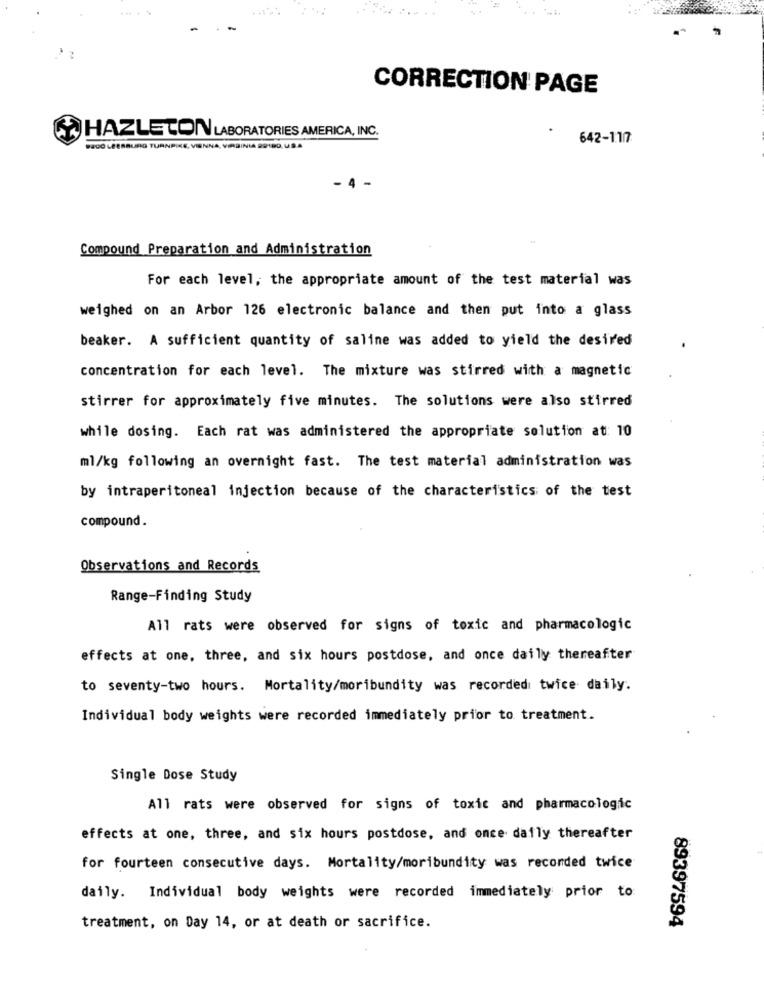
...
CORRECTION PAGE
HAZLETON LABORATORIES AMERICA, INC.
642-1177
PECO LEESBURG TURNPIKE, VIENNA, VIRGINIA 22100. U.S.A
- 4 -
Compound Preparation and Administration
For each level, the appropriate amount of the test material was
weighed on an Arbor 126 electronic balance and then put into a glass
beaker. A sufficient quantity of saline was added to yield the desired
concentration for each level. The mixture was stirred with a magnetic
stirrer for approximately five minutes. The solutions were also stirred
while dosing. Each rat was administered the appropriate solution at: 10
ml/kg following an overnight fast. The test material administration was
by intraperitoneal injection because of the characteristics of the test
compound.
Observations and Records
Range-Finding Study
All rats were observed for signs of toxic and pharmacologic
effects at one, three, and six hours postdose, and once daily thereafter
to seventy-two hours. Mortality/moribundity was recorded twice daily.
Individual body weights were recorded immediately prior to treatment.
Single Dose Study
All rats were observed for signs of toxic and pharmacologic
effects at one, three, and six hours postdose, and once daily thereafter
for fourteen consecutive days. Mortality/moribundity was recorded twice
daily. Individual body weights were recorded immediately prior to:
treatment, on Day 14, or at death or sacrifice.
89397594